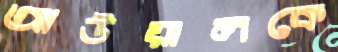
আউয়ালকে